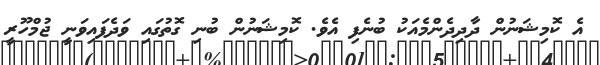
އެ ކޮމިޝަނުން ދާދިދެންމެއަކު ބުނެފި އެވެ. ކޮމިޝަނުން ބުނި ގޮތުގައި ވަދެފައިވަނީ ޖުމްހޫރީ